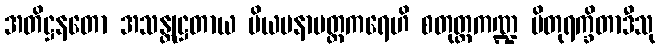
အတိဋ္ဌနတော အသန္တုဋ္ဌတာယ ပိယမနာပတ္တကရေဟိ စတုတ္ထကဏ္ဍ ပိတုရက္ခိတာဒီသု